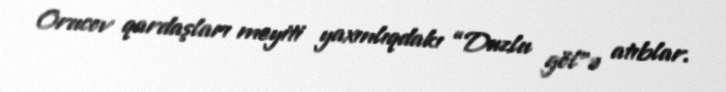
Orucov qardaşları meyiti yaxınlıqdakı “Duzlu göl”ə atıblar.